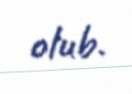
olub.